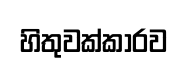
හිතුවක්කාරව